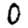
Digit: 0